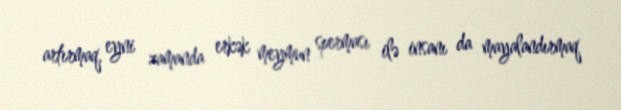
artırmaq, eyni zamanda erkək meymun sperması ilə insanı da mayalandırmaq